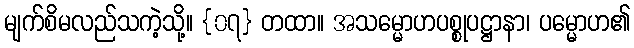
မျက်စိမလည်သကဲ့သို့။ {၀၇} တထာ။ အသမ္မောဟပစ္စုပဋ္ဌာနာ၊ ပမ္မောဟ၏